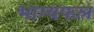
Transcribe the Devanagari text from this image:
भाग्यफल